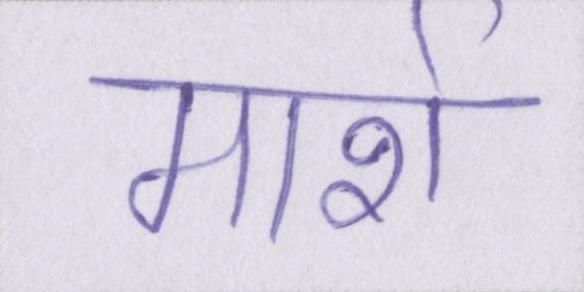
मार्श